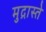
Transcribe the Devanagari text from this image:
मुद्रास्ते